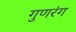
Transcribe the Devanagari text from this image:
गुणरंग